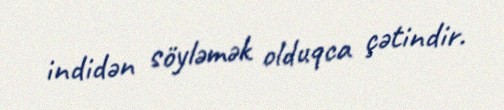
indidən söyləmək olduqca çətindir.